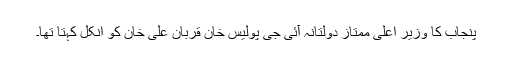
پنجاب کا وزیر اعلیٰ ممتاز دولتانہ آئی جی پولیس خان قربان علی خان کو انکل کہتا تھا۔